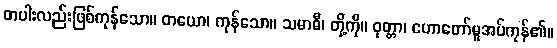
တပါးလည်းဖြစ်ကုန်သော။ တယော၊ ကုန်သော။ သမာဓီ၊ တို့ကို။ ဝုတ္တာ၊ ဟောတော်မူအပ်ကုန်၏။